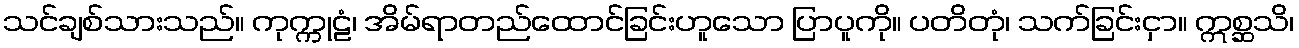
သင်ချစ်သားသည်။ ကုက္ကုဠံ၊ အိမ်ရာတည်ထောင်ခြင်းဟူသော ပြာပူကို။ ပတိတုံ၊ သက်ခြင်းငှာ။ ဣစ္ဆသိ၊